Senior Leaving Certificate Examination (including Day School Certificate (Higher) General paper), 1950
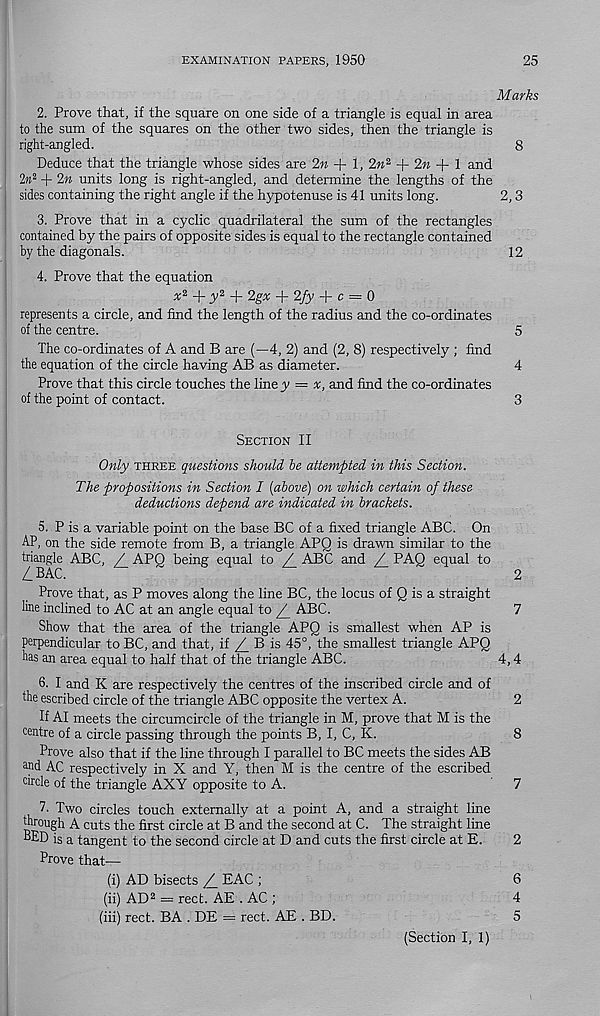
EXAMINATION PAPERS, 1950
25
Marks
2. Prove that, if the square on one side of a triangle is equal in area
to the sum of the squares on the other two sides, then the triangle is
right-angled.
8
Deduce that the triangle whose sides are 2M + 1, 2M 2 + 2M -f- 1 and
2w 2 + 2M units long is right-angled, and determine the lengths of the
sides containing the right angle if the hypotenuse is 41 units long.
2,3
3. Prove that in a cyclic quadrilateral the sum of the rectangles
contained by the pairs of opposite sides is equal to the rectangle contained
by the diagonals.
12
4. Prove that the equation
+ JV 2 + Zgx + 2fy + c = 0
represents a circle, and find the length of the radius and the co-ordinates
of the centre.
5
The co-ordinates of A and B are (—4, 2) and (2, 8) respectively ; find
the equation of the circle having AB as diameter.
4
Prove that this circle touches the line y = x, and find the co-ordinates
of the point of contact.
3
SECTION II
Only THREE questions should he attempted in this Section.
The propositions in Section I {above) on which certain of these
deductions depend are indicated in brackets.
5. P is a variable point on the base BC of a fixed triangle ABC. On
AP, on the side remote from B, a triangle APQ is drawn similar to the
triangle ABC, ^/_ APQ being equal to
ABC and /_ PAQ equal to
L BAC.
2
Prove that, as P moves along the line BC, the locus of Q is a straight
line inclined to AC at an angle equal to
ABC.
7
Show that the area of the triangle APQ is smallest when AP is
perpendicular to BC, and that, if _/ B is 45°, the smallest triangle APQ
has an area equal to half that of the triangle ABC.
4,4
6. I and K are respectively the centres of the inscribed circle and of
the escribed circle of the triangle ABC opposite the vertex A.
2
If AI meets the circumcircle of the triangle in M, prove that M is the
centre of a circle passing through the points B, I, C, K.
8
Prove also that if the line through I parallel to BC meets the sides AB
and AC respectively in X and Y, then M is the centre of the escribed
circle of the triangle AXY opposite to A.
7
7. Two circles touch externally at a point A, and a straight line
through A cuts the first circle at B and the second at C. The straight line
BED is a tangent to the second circle at D and cuts the first circle at E.
2
Prove that—
(i) AD bisects /_ EAC ;
6
(ii) AD 2 = rect. AE . AC ;
4
(iii) rect. BA . DE = rect. AE . BD.
5
(Section I, 1)